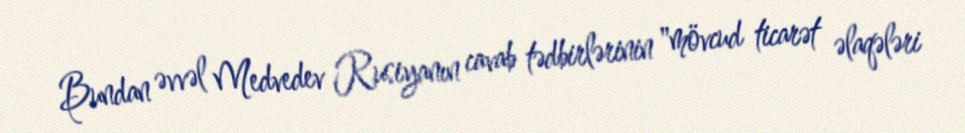
Bundan əvvəl Medvedev Rusiyanın cavab tədbirlərinin "mövcud ticarət əlaqələri